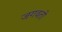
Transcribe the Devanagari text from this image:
जगवतो